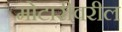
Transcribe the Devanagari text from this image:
मोटारीवरील